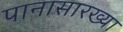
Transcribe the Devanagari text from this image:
पानासारख्या